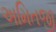
અમિતજી